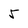
Character: 5